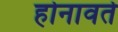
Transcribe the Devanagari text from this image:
होनावर्ते